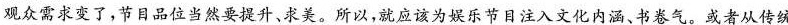
观众需求变了，节目品位当然要提升、求美。所以，就应该为娱乐节目注入文化内涵、书卷气。或者从传统